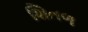
શિતળ